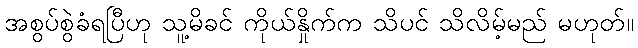
အစွပ်စွဲခံရပြီဟု သူ့မိခင် ကိုယ်နှိုက်က သိပင် သိလိမ့်မည် မဟုတ်။